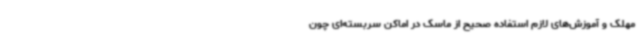
مهلک و آموزش‌های لازم استفاده صحیح از ماسک در اماکن سربسته‌ای چون